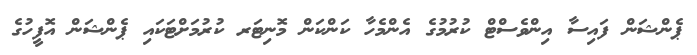
ޕެންޝަން ފައިސާ އިންވެސްޓް ކުރުމުގެ އެންމެހާ ކަންކަން މޮނިޓަރ ކުރުމަށްޓަކައި ޕެންޝަން އޮފީހުގެ